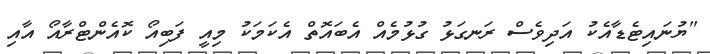
"ޔުނައިޓެޑާއެކު އަދިވެސް ރަނގަޅު ގުޅުމެއް އެބައޮތް އެކަމަކު މިއީ ފަބިއޯ ކޮއެންޓްރާއޯ އާއި